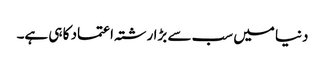
دنیا میں سب سے بڑا رشتہ اعتماد کا ہی ہے۔